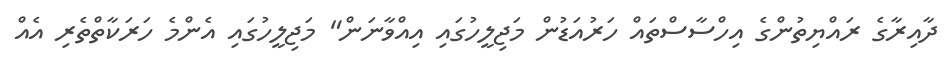
ދާއިރާގެ ރައްޔިތުންގެ އިހްސާސްތައް ހަރުއަޑުން މަޖިލީހުގައި އިއްވާނަން" މަޖިލީހުގައި އެންމެ ހަރަކާތްތެރި އެއް